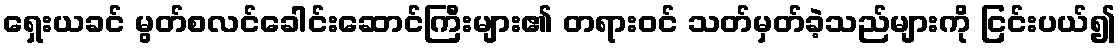
ရှေးယခင် မွတ်စလင်ခေါင်းဆောင်ကြီးများ၏ တရားဝင် သတ်မှတ်ခဲ့သည်များကို ငြင်းပယ်၍